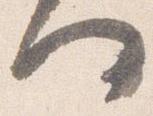
何